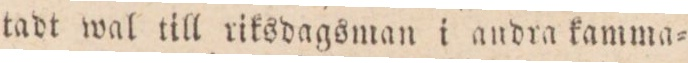
tadt wal till riksdagsman i andra kamma=